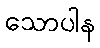
သောပါန